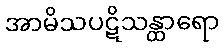
အာမိသပဋိသန္ထာရော